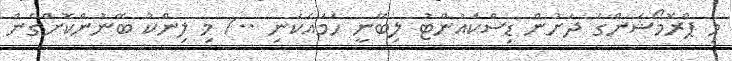
މި ޕްރޮމޯޝަންގެ ދަށުން ޑިސްކައުންޓު ލިބޭނީ ހަމައެކަނި ../ މި ލިންކު ބޭނުންކޮށްގެން